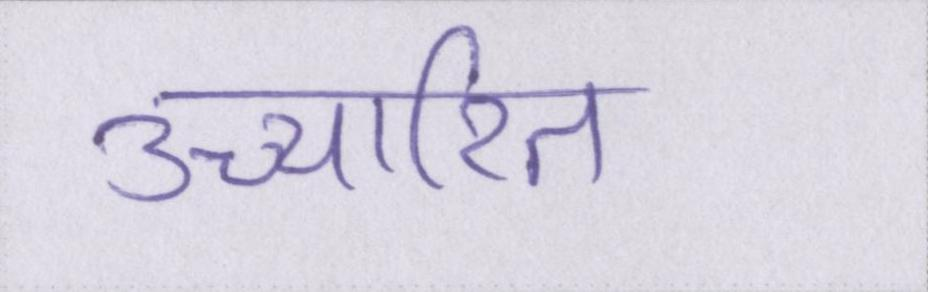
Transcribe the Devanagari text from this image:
उच्चारित